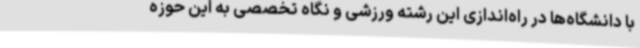
با دانشگاه‌ها در راه‌اندازی این رشته ورزشی و نگاه تخصصی به این حوزه